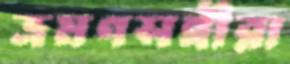
ভ্রমণসঙ্গীরা